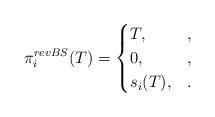
LaTeX: \begin{align*}\pi_i^{revBS}(T)=\begin{cases} T, & ,\\0, & ,\\s_i(T), & .\end{cases}\end{align*}